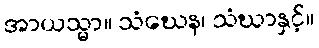
အာယသ္မာ။ သံဃေန၊ သံဃာနှင့်။